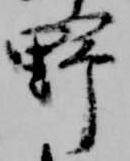
野